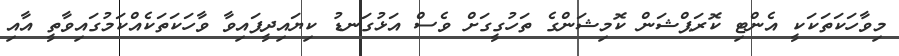
މިވާހަކަތަކަކީ އެންޓި ކޮރަޕްޝަން ކޮމިޝަންގެ ތަހުގީގަށް ވެސް އަޅުގަނޑު ކިޔައިދީފައިވާ ވާހަކަތަކެއްކަމުގައިވާތީ އާއި